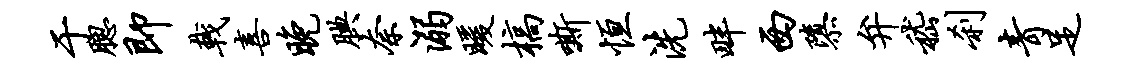
于腮即戟喜晚腆奈溺暖槁嘶恒洗畔西隳弁嵇刹青足